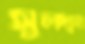
সুলদান